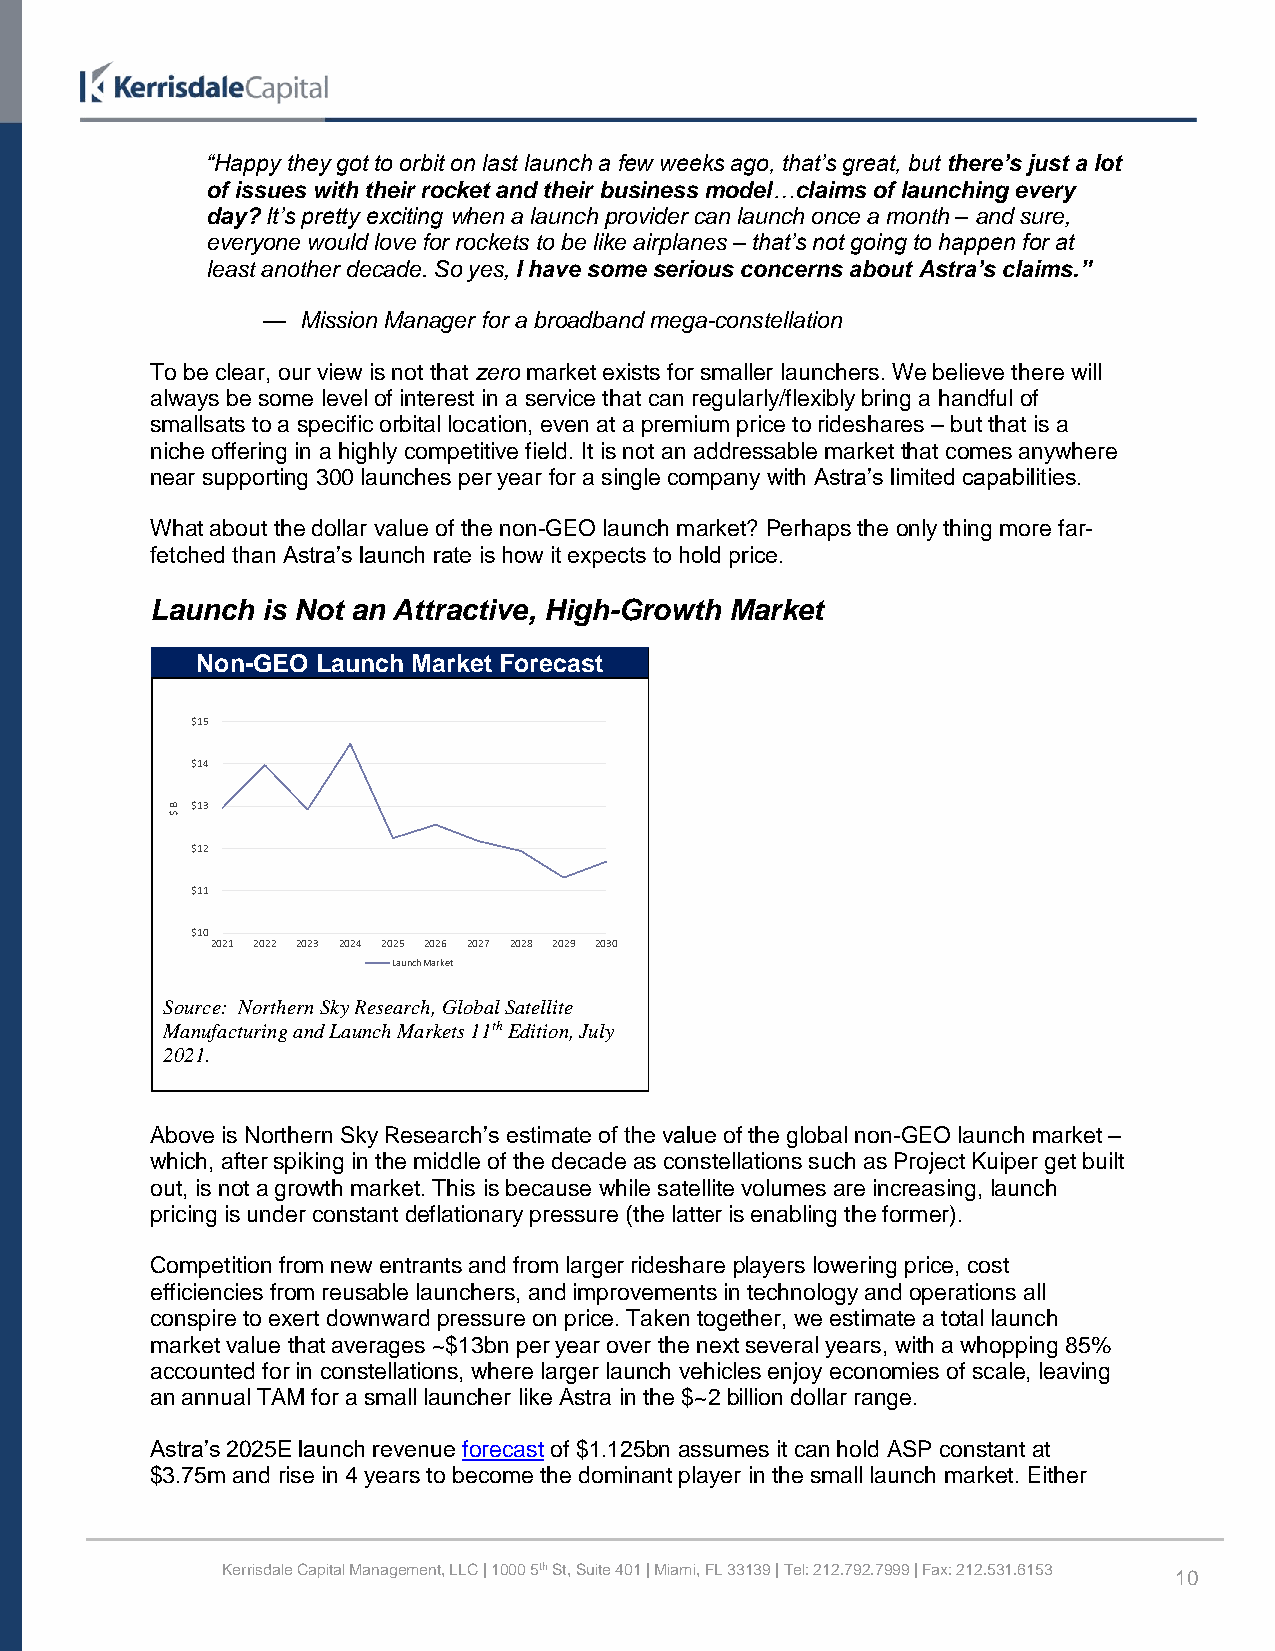
“Happy they got to orbit on last launch a few weeks ago, that’s great, but there’s just a lot
 of issues with their rocket and their business model…claims of launching every
 day? It’s pretty exciting when a launch provider can launch once a month – and sure,
 everyone would love for rockets to be like airplanes – that’s not going to happen for at
 least another decade. So yes, I have some serious concerns about Astra’s claims.”
 —  Mission Manager for a broadband mega-constellation
 To be clear, our view is not that zero market exists for smaller launchers. We believe there will
 always be some level of interest in a service that can regularly/flexibly bring a handful of
 smallsats to a specific orbital location, even at a premium price to rideshares – but that is a
 niche offering in a highly competitive field. It is not an addressable market that comes anywhere
 near supporting 300 launches per year for a single company with Astra’s limited capabilities.
 What about the dollar value of the non-GEO launch market? Perhaps the only thing more far-
 fetched than Astra’s launch rate is how it expects to hold price.
 Launch is Not an Attractive, High-Growth Market
 Non-GEO Launch Market Forecast
 Source: Northern Sky Research, Global Satellite
 Manufacturing and Launch Markets 11th Edition, July
 2021.
 Above is Northern Sky Research’s estimate of the value of the global non-GEO launch market –
 which, after spiking in the middle of the decade as constellations such as Project Kuiper get built
 out, is not a growth market. This is because while satellite volumes are increasing, launch
 pricing is under constant deflationary pressure (the latter is enabling the former).
 Competition from new entrants and from larger rideshare players lowering price, cost
 efficiencies from reusable launchers, and improvements in technology and operations all
 conspire to exert downward pressure on price. Taken together, we estimate a total launch
 market value that averages ~$13bn per year over the next several years, with a whopping 85%
 accounted for in constellations, where larger launch vehicles enjoy economies of scale, leaving
 an annual TAM for a small launcher like Astra in the $~2 billion dollar range.
 Astra’s 2025E launch revenue forecast of $1.125bn assumes it can hold ASP constant at
 $3.75m and rise in 4 years to become the dominant player in the small launch market. Either
 Kerrisdale Capital Management, LLC | 1000 5th St, Suite 401 | Miami, FL 33139 | Tel: 212.792.7999 | Fax: 212.531.6153 10
 B
 $
 $15
 $14
 $13
 $12
 $11
 $10
 2021 2022 2023 2024 2025 2026
 Launch M arket
 2027 2028 2029 2030